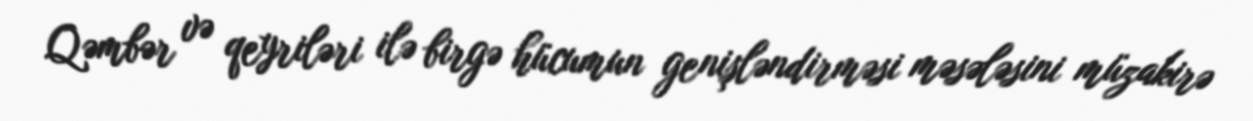
Qəmbər və qeyriləri ilə birgə hücumun genişləndirməsi məsələsini müzakirə